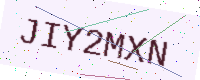
Text: JIY2MXN